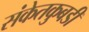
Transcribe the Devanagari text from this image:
संकेतकुबडी